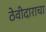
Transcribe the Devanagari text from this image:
ठेवीदाराचा